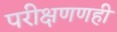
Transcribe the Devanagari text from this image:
परीक्षणणही